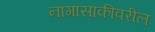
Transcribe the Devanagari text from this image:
नागासाकीवरील